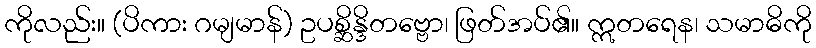
ကိုလည်း။ (ပိကား ဂမျမာန်) ဥပစ္ဆိန္ဒိတဗ္ဗော၊ ဖြတ်အပ်၏။ ဣတရေန၊ သမာဓိကို